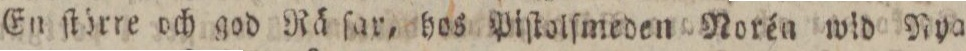
En ſtörre och god Rä ſar, hos Piſtolfmeden Norén wid Nya